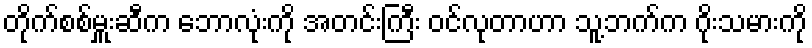
တိုက်စစ်မှူးဆီက ဘောလုံးကို အတင်းကြီး ဝင်လုတာဟာ သူ့ဘက်က ဂိုးသမားကို